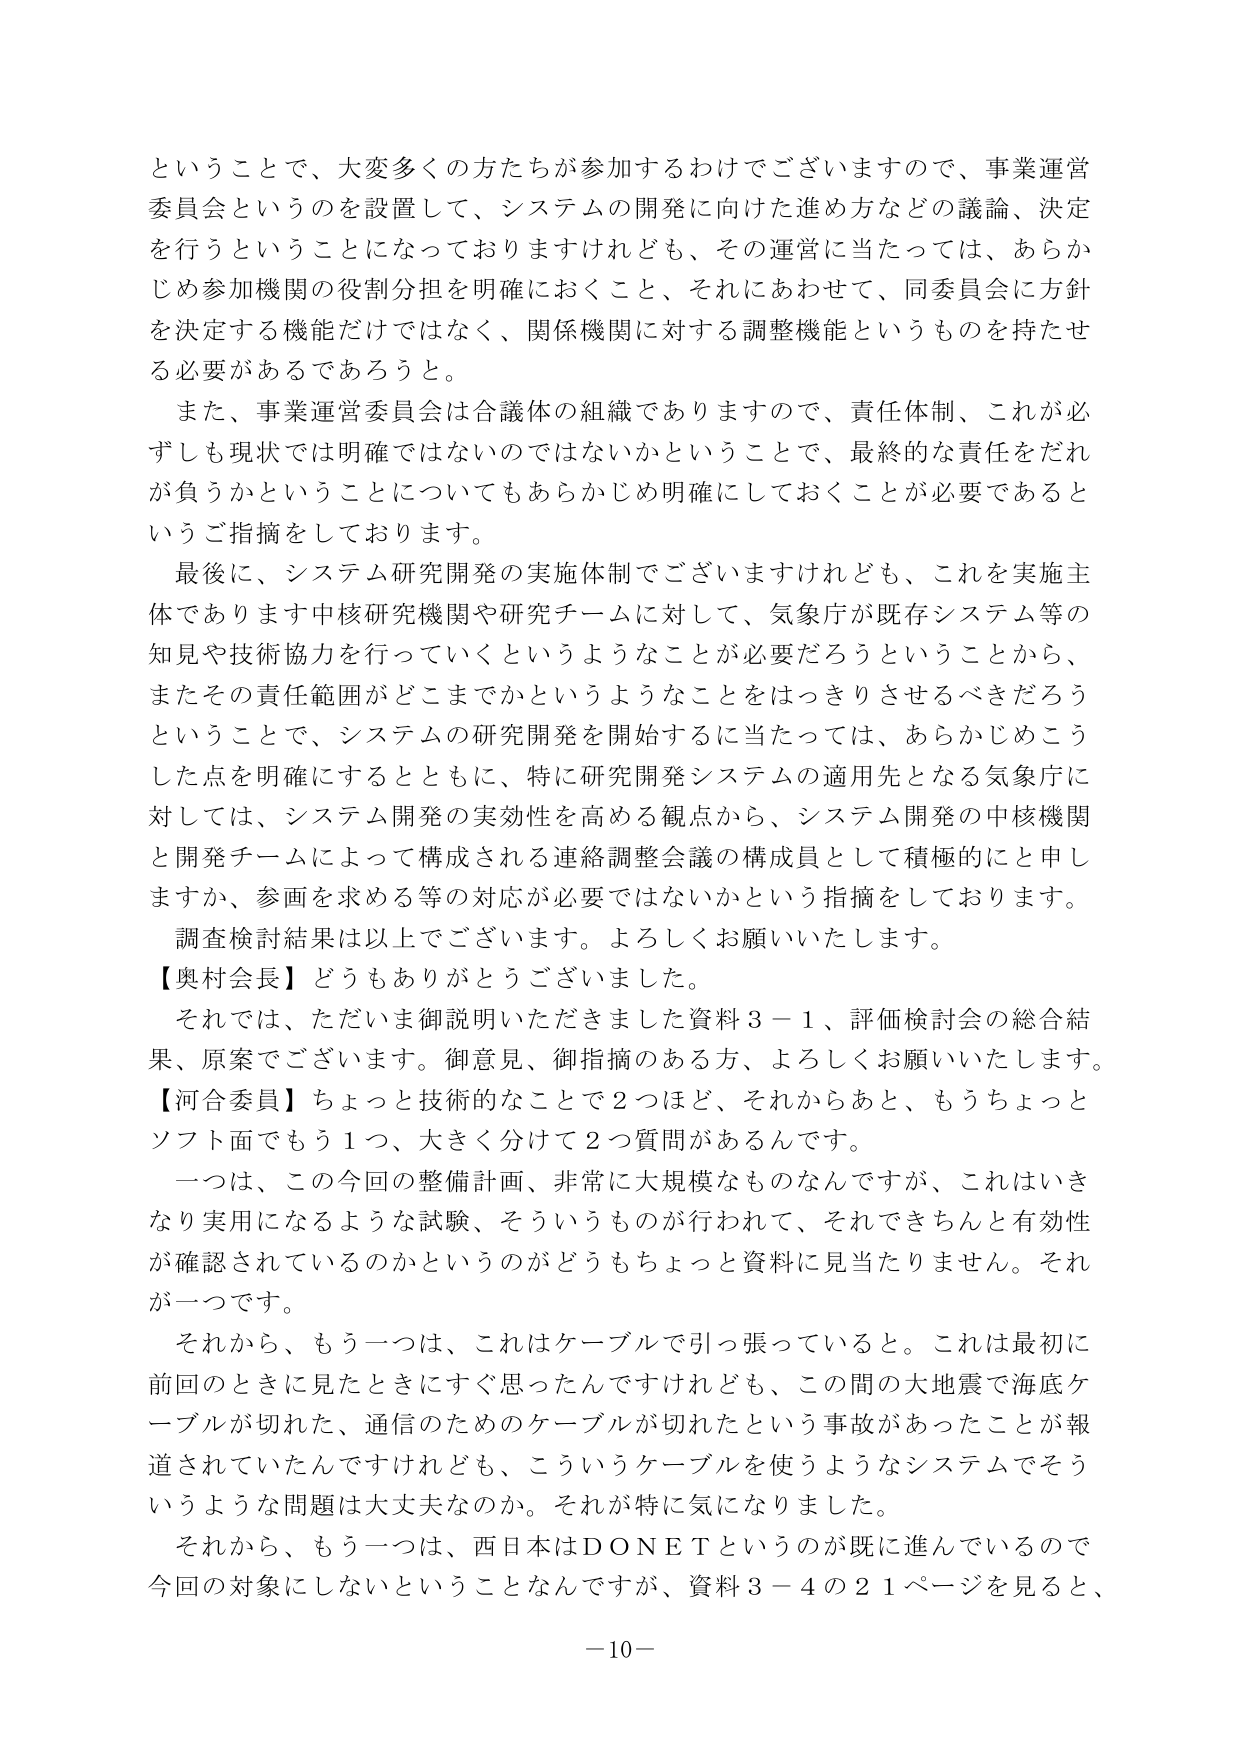
ということで、大変多くの方たちが参加するわけでございますので、事業運営委員会というのを設置して、システムの開発に向けた進め方などの議論、決定を行うということになっておりますけれども、その運営に当たっては、あらかじめ参加機関の役割分担を明確におくこと、それにあわせて、同委員会に方針を決定する機能だけではなく、関係機関に対する調整機能というものを持たせる必要があるであろうと。

また、事業運営委員会は合議体の組織でありますので、責任体制、これが必ずしも現状では明確ではないのではないかということで、最終的な責任をだれが負うかということについてもあらかじめ明確にしておくことが必要であるというご指摘をしております。

最後に、システム研究開発の実施体制でございますけれども、これを実施主体であります中核研究機関や研究チームに対して、気象庁が既存システム等の知見や技術協力を行っていくというようなことが必要だろうということから、またその責任範囲がどこまでかというようなことをはっきりさせるべきだろうということで、システムの研究開発を開始するに当たっては、あらかじめこうした点を明確にするとともに、特に研究開発システムの適用先となる気象庁に対しては、システム開発の実効性を高める観点から、システム開発の中核機関と開発チームによって構成される連絡調整会議の構成員として積極的にと申しますか、参画を求める等の対応が必要ではないかという指摘をしております。

調査検討結果は以上でございます。よろしくお願いいたします。

【奥村会長】どうもありがとうございました。

それでは、ただいま御説明いただきました資料３－１、評価検討会の総合結果、原案でございます。御意見、御指摘のある方、よろしくお願いいたします。

【河合委員】ちょっと技術的なことで２つほど、それからあと、もうちょっとソフト面でもう１つ、大きく分けて２つ質問があるんです。

一つは、この今回の整備計画、非常に大規模なものなんですが、これはいきなり実用になるような試験、そういうものが行われて、それできちんと有効性が確認されているのかというのがどうもちょっと資料に見当たりません。それが一つです。

それから、もう一つは、これはケーブルで引っ張っていると。これは最初に前回のときに見たときにすぐ思ったんですけども、この間の大地震で海底ケーブルが切れた、通信のためのケーブルが切れたという事故があったことが報道されていたんですけども、こういうケーブルを使うようなシステムでそういうような問題は大丈夫なのか。それが特に気になりました。

それから、もう一つは、西日本はＤＯＮＥＴというのが既に進んでいるので今回の対象にしないということなんですが、資料３－４の２１ページを見ると、

－10－